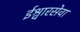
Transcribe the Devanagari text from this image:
ईश्वारसेवा